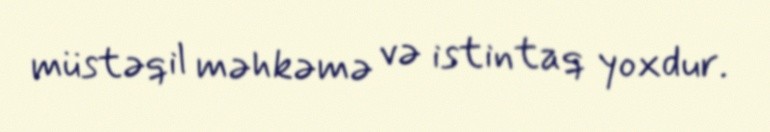
müstəqil məhkəmə və istintaq yoxdur.